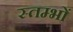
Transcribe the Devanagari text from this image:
स्‍तम्‍भों